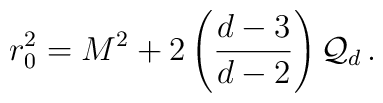
r_{0}^{2} = M^{2} + 2\left(\frac{d-3}{d-2}\right){\cal Q}_{d}  \, .